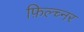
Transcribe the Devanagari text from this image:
फ़िल्च्नर